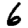
Digit: 6